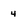
Character: 4